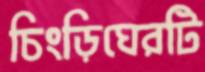
চিংড়িঘেরটি